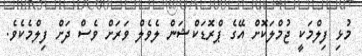
މުޅި ފިލްމަކީ ޖުމްލަކޮށް އޭގެ ޕްރޮޑަކްޝަން ލެވެލް ވަރަށް ވެސް ދަށް ފިލްމެކެވެ.